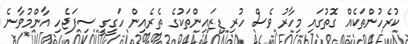
ކުރެހުންތަކެއް ގޮތުގައި މިހާރު ވެސް ހުރި ޑިޒައިންތަކުގެ ތެރެއިން ހަގީގީ ސިފަޖެހި އާންމުވާނެ